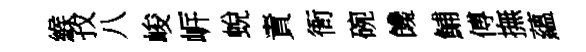
緱孜八峻㟁蛻責衙碗饞鯆傅撫蘊